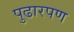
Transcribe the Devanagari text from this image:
पुढारपण